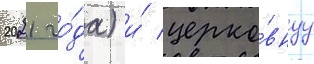
2021 го́да) и́ церко́внуу